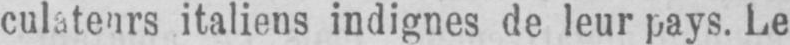
italiens indignes de leur pays. Le